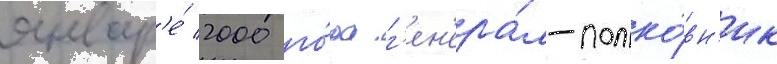
январ'е́ 2000 го́да г'ен'ера́л-полко́вн'ик